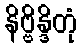
နိဗ္ဗိန္ဒိတုံ